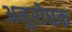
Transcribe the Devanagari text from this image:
अनुरोधक